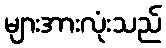
များအားလုံးသည်